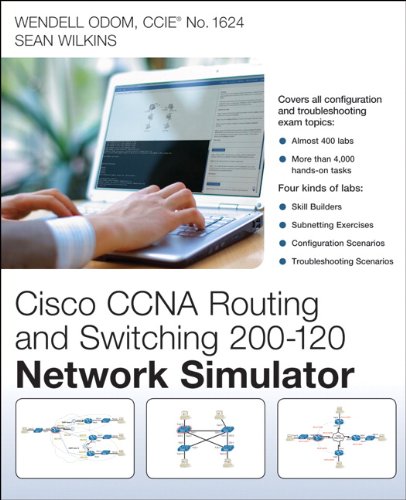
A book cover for CCNA Routing and Switching 200-120 Network Simulator; Wendell Odom; Engineering & Transportation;